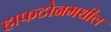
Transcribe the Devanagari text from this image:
हाफटोनमधील